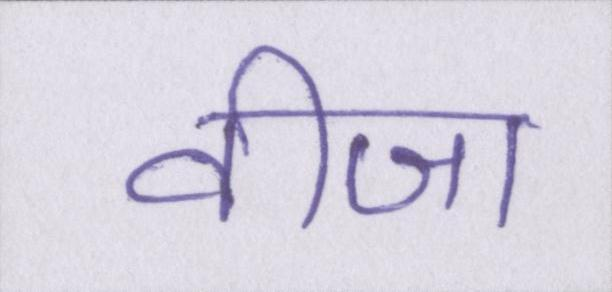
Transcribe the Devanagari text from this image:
वीजा